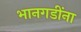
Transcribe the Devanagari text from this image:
भानगडींना